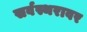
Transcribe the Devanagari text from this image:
सर्वस्थरावर